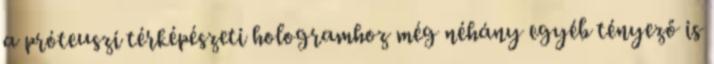
a próteuszi térképészeti hologramhoz még néhány egyéb tényező is